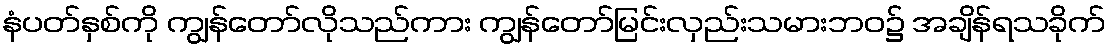
နံပတ်နှစ်ကို ကျွန်တော်လိုသည်ကား ကျွန်တော်မြင်းလှည်းသမားဘဝ၌ အချိန်ရသခိုက်